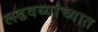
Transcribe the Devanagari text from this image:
लढवय्यांच्यात